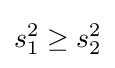
s_{1}^{2}\geq s_{2}^{2}